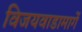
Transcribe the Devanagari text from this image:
विजयवाडामार्गे